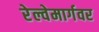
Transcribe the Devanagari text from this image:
रेल्वेमार्गवर